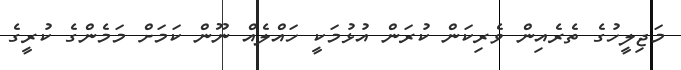
މަޖިލީހުގެ ތެރެއިން ވެރިކަން ކުރަން އުޅުމަކީ ހައްލެއް ނޫން ކަމަށް މަމެންގެ ކުރީގެ